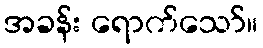
အခန်း ရောက်သော်။